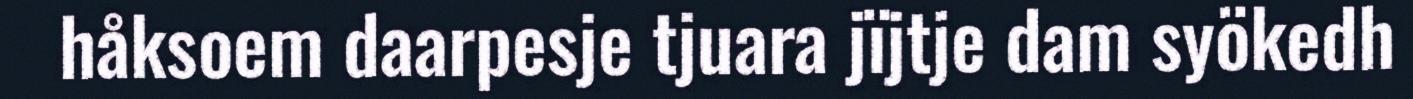
håksoem daarpesje tjuara jïjtje dam syökedh